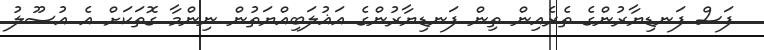
ފަސް ފަނޑިޔާރުންގެ ތެރެއިން ތިން ފަނޑިޔާރުންގެ އަޣުލަބިއްޔަތުން ނިންމާ ގޮތަކަށް އެ އުސޫލު